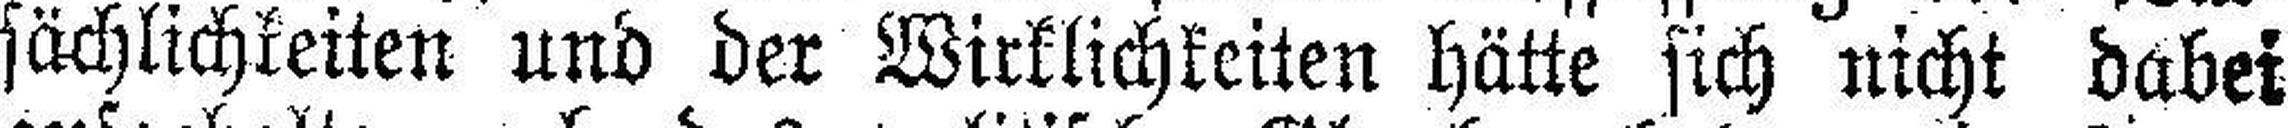
sächlichkeiten und der Wirklichkeiten hätte sich nicht dabei